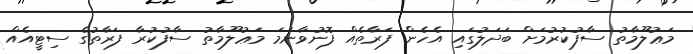
މަޢުލޫމާތު ސާފުކުރުމަށް ބަދަލުގައި އެހެން ފަރާތެއް ފޮނުވާނަމަ މަޢުލޫމާތު ސާފުކުރާ ފަރާތުގެ ސިޓީއެއް